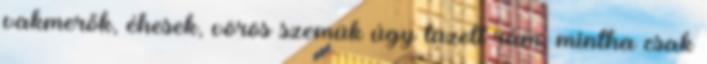
vakmerők, éhesek, vörös szemük úgy tüzelt rám, mintha csak